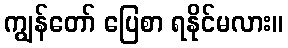
ကျွန်တော် ပြေစာ ရနိုင်မလား။